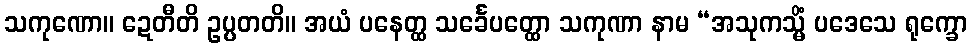
သကုဏော။ ဍေတီတိ ဥပ္ပတတိ။ အယံ ပနေတ္ထ သင်္ခေပတ္ထော သကုဏာ နာမ “အသုကသ္မိံ ပဒေသေ ရုက္ခော